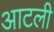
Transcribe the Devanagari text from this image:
आटली